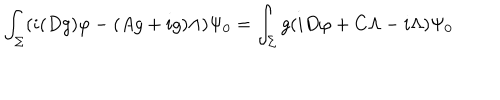
\int _ { \Sigma } ( i ( D g ) \varphi - ( A g + i g ) \Lambda ) \Psi _ { 0 } = \int _ { \Sigma } g ( i D \varphi + C \Lambda - i \Lambda ) \Psi _ { 0 }